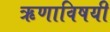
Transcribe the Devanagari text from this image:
ऋणाविषयी